Medical and sanitary report of the native army of Madras for the year
Year: 1877
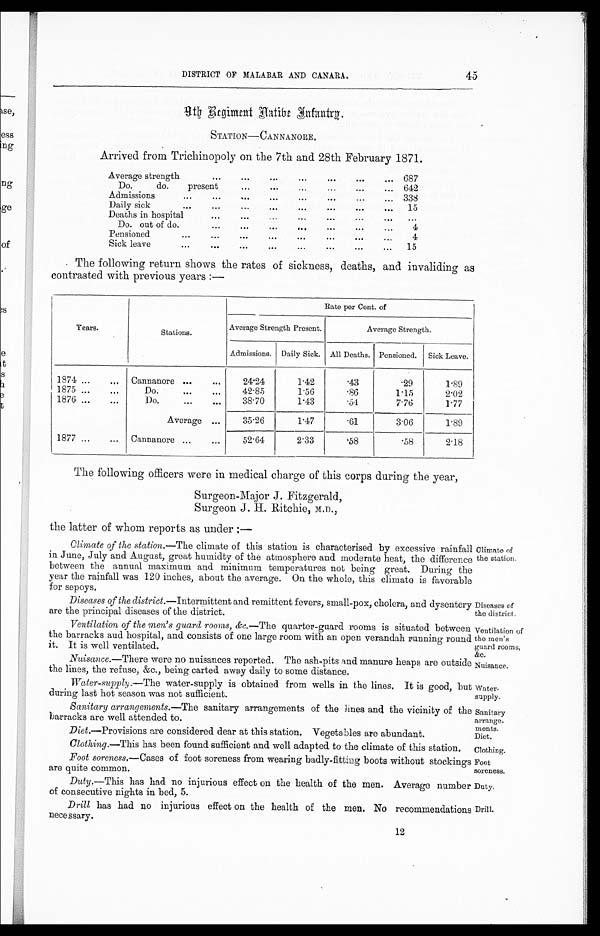
Diseases of
the district.
Ventilation of
the men's
guard rooms,
&c.
Nuisance.
Foot
soreness,
Duty.
Drill.
4 5
DISTRICT OF MALABAR AND CANARA.
9th Regiment Native Infantry.
STATION—CANNANORE.
Arrived from Trichinopoly on the 7th and 28th February 1871.
Average strength
...
...
...
...
...
... ...
687
Do.
do.
present
...
... ... ...
...
... 642
Admissions
...
...
...
...
...
... ... ...
338
Daily sick
...
... ... ... ... ... ... ...
15
Deaths in hospital
...
...
...
...
...
...
... ...
D o . out of do.
...
...
...
... ... ... ...
4
Pensioned
...
...
...
... ... ... ... ...
4
Sick leave
...
...
... ... ... ... ... ...
15
The following return shows the rates of sickness, deaths, and invaliding as
contrasted with previous years :—
Years.
Stations.
Rate per Cont. of
Average Strength Present.
Average Strength.
Admissions. Daily Sick. All Deaths. Pensioned. Sick Leave.
1874 ...
...
Cannanore ...
...
24.24
1.42
.43
.29
1.89
1875 ...
...
Do.
...
...
42.85
1.56
.86
1.15
2.02
1876 ...
...
D o .
... ...
38.70
1.43
.54
7.76
1.77
Average ...
35.26
1.47
.61
3.06
1.89
1877 ...
...
Cannanore ...
...
52.64
2.33
.58
.58
2.18
The following officers were in medical charge of this corps during the year,
Surgeon-Major J. Fitzgerald,
S u r g e o n J . H . R i t c h i e , M . D . ,
the latter of whom reports as under :—
Climate of the station.—The climate of this station is characterised by excessive rainfall
in June, July and August, great humidty of the atmosphere and moderate heat, the difference
between the annual maximum and minimum temperatures not being great. During the
year the rainfall was 120 inches, about the average. On the whole, this climate is favorable
for sepoys.
Diseases of the district.—Intermittent and remittent fevers, small-pox, cholera, and dysentery
are the principal diseases of the district.
Ventilation of the men's guard rooms, &c.—The quarter - guard rooms is situated between
the barracks and hospital, and consists of one large room with an open verandah running round
it. It is well ventilated.
Nuisance.—There were no nuisances reported. The ash-pits ,end manure heaps are outside
the lines, the refuse, &c., being carted away daily to some distance.
Climate of
the station.
Water-supply.— The water-supply is obtained from wells in the lines, It is good, but
during last hot season was not sufficient.
Sanitary arrangements.—The sanitary arrangements of the lines and the vicinity of the
barracks are well attended to.
Diet.—Provisions are considered dear at this station, Vegetables are abundant.
Water-
supply.
Sanitary
arrange.
moats.
Diet.
Clothing.—This has been found sufficient and well adapted to the climate of this station,
Clothing.
Foot soreness.— Cases of foot soreness from wearing badly-fitting boots without stockings
are quite common.
Duty.—This has had no injurious effect on the health of the men. Average number
of consecutive nights in bed, 5.
Drill has had no injurious effect on the health of the men. No recommendations
nece ssary.
12